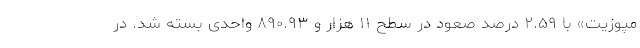
مپوزیت» با ۲.۵۹ درصد صعود در سطح ۱۱ هزار و ۸۹۰.۹۳ واحدی بسته شد. در